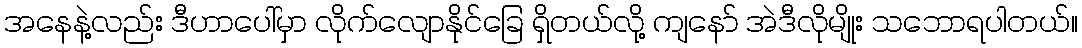
အနေနဲ့လည်း ဒီဟာပေါ်မှာ လိုက်လျောနိုင်ခြေ ရှိတယ်လို့ ကျနော် အဲဒီလိုမျိုး သဘောရပါတယ်။